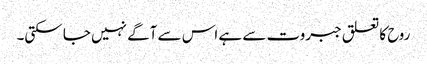
روح کا تعلق جبروت سے ہے اس سے آگے نہیں جا سکتی۔